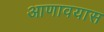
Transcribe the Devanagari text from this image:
आणावयास